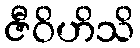
ဇီဝိဟိသိ